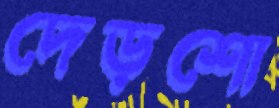
দেড়শো